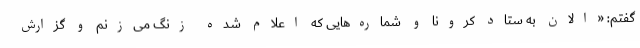
گفتم: «الان به ستاد کرونا و شماره‌هایی که اعلام شده زنگ می‌زنم و گزارش